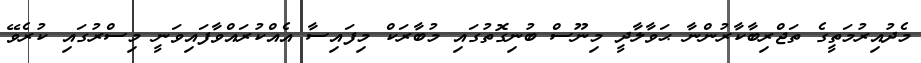
މެދުއިރުމަތީގެ ތަޖްރިބާކާރުންނާ ޙަވާލާދީ މިނޫސް ބުނިގޮތުގައި މުބާރަކް މިފައިސާ އެއްކުރައްވާފައިވަނީ މިސްރުގައި ކުރެވޭ